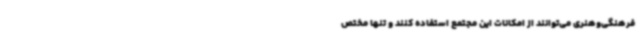
فرهنگی‌وهنری می‌توانند از امکانات این مجتمع استفاده کنند و تنها مختص